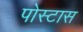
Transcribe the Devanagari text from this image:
पोस्टास